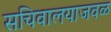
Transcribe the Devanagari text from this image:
सचिवालयाजवळ